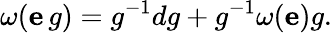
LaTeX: \omega(\mathbf{e}\, g)=g^{-1}dg+g^{-1}\omega(\mathbf{e})g.